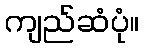
ကျည်ဆံပုံ။